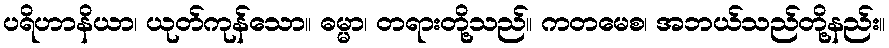
ပရိဟာနိယာ၊ ယုတ်ကုန်သော။ ဓမ္မာ၊ တရားတို့သည်။ ကတမေစ၊ အဘယ်သည်တို့နည်း။